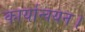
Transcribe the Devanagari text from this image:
कार्यान्वयन।